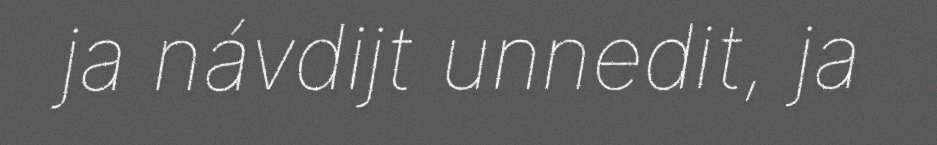
ja návdijt unnedit, ja